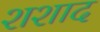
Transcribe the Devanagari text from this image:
शशाद